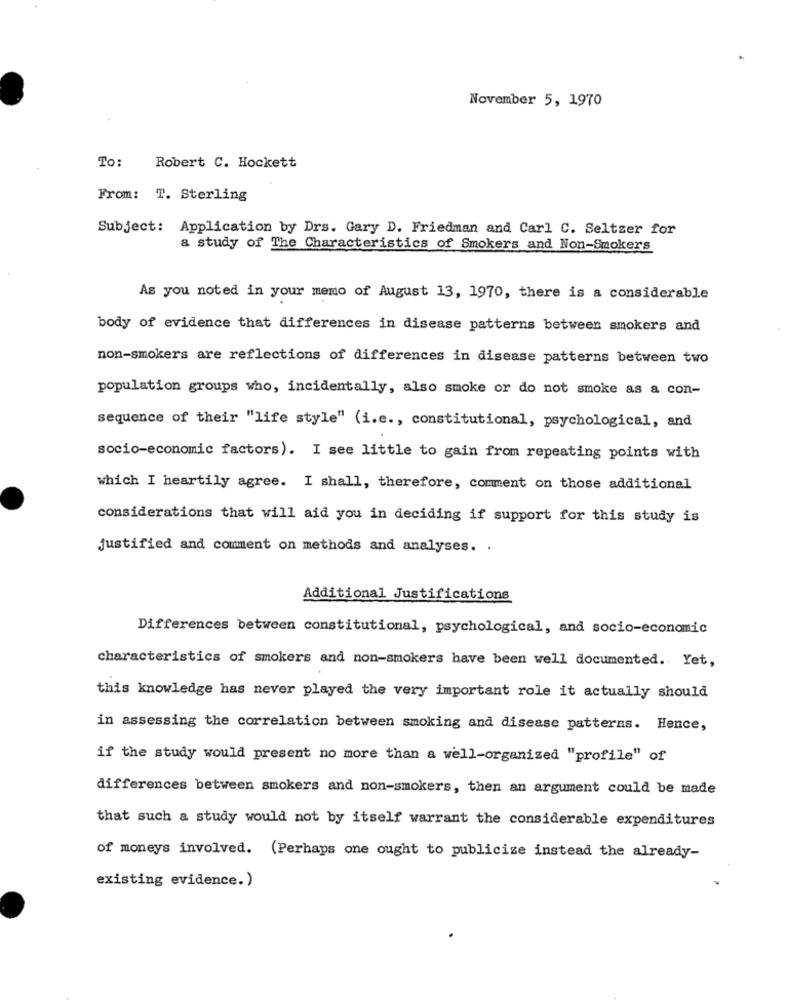
November 5, 1970
To
Robert C. Hockett
From: T. Sterling
Subject: Application by Drs. Gary D. Friedman and Carl C. Seltzer for
a study of The Characteristics of Smokers and Non-Smokers
As you noted in your memo of August 13, 1970, there is a considerable
body of evidence that differences in disease patterns between smokers and
non-smokers are reflections of differences in disease patterns between two
population groups who, incidentally, also smoke or do not smoke as a con-
sequence of their "life style" (i.e ., constitutional, psychological, and
socio-economic factors). I see little to gain from repeating points with
which I heartily agree. I shall, therefore, comment on those additional
considerations that will aid you in deciding if support for this study is
justified and comment on methods and analyses. .
Additional Justifications
Differences between constitutional, psychological, and socio-economic
characteristics of smokers and non-smokers have been well documented. Yet,
this knowledge has never played the very important role it actually should
in assessing the correlation between smoking and disease patterns. Hence,
if the study would present no more than a well-organized "profile" of
differences between smokers and non-smokers, then an argument could be made
that such a study would not by itself warrant the considerable expenditures
of moneys involved. (Perhaps one ought to publicize instead the already-
existing evidence. )